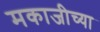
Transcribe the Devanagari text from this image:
मकाजीच्या